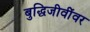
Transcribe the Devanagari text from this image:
बुद्धिजीवींवर